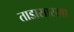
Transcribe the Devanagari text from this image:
ताडासारखा